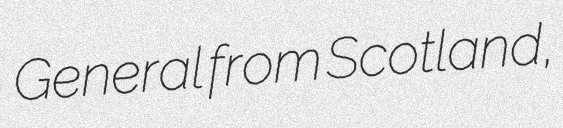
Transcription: General from Scotland,